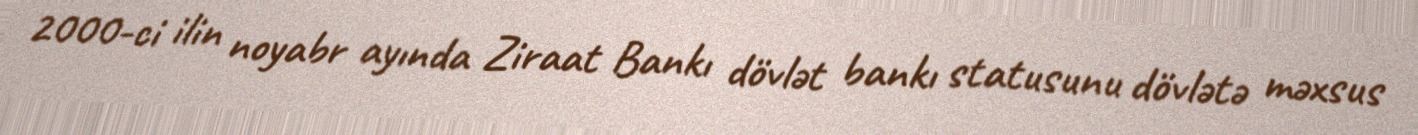
2000-ci ilin noyabr ayında Ziraat Bankı dövlət bankı statusunu dövlətə məxsus